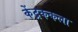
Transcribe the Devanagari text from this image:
केंद्रककला